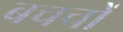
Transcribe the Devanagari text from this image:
बचचों